Problem: 8 × 7 = ?
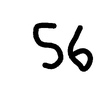
Handwritten answer: 56